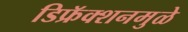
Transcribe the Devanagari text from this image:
डिफ्रॅक्शनमुळे